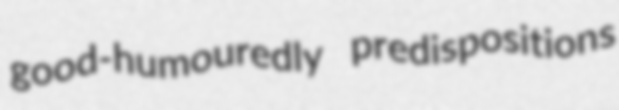
good-humouredly predispositions